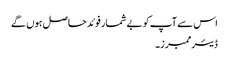
اس سے آپ کو بے شمار فوئد حاصل ہوں گے
ڈیئر ممبرز۔